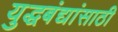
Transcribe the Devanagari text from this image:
युद्धबंद्यांसाठी